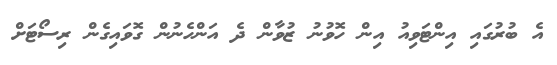
އެ ބުރުގައި އިންޓަވިއު އިން ހޮވުނު ޒުވާން ދެ އަންހެނުން ގޮވައިގެން ރިސޯޓަށް